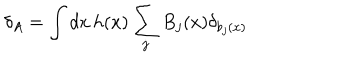
LaTeX: \delta _ { A } = \int d x \, h ( x ) \sum _ { j } B _ { j } ( x ) \delta _ { b _ { j } ( x ) }